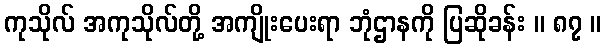
ကုသိုလ် အကုသိုလ်တို့ အကျိုးပေးရာ ဘုံဌာနကို ပြဆိုခန်း ။ ၈၇ ။